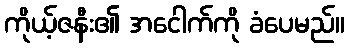
ကိုယ့်ဇနီး၏ အငေါက်ကို ခံပေမည်။